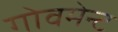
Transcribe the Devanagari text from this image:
गोवमेन्ट